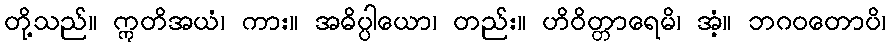
တို့သည်။ ဣတိအယံ၊ ကား။ အဓိပ္ပါယော၊ တည်း။ ဟိဝိတ္တာရေမိ၊ အံ့။ ဘဂဝတောပိ၊